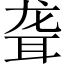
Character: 聋